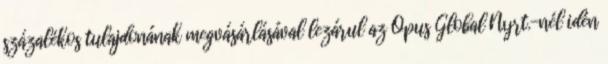
százalékos tulajdonának megvásárlásával lezárul az Opus Global Nyrt.-nél idén